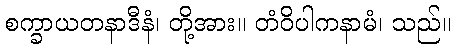
စက္ခာယတနာဒီနံ၊ တို့အား။ တံဝိပါကနာမံ၊ သည်။